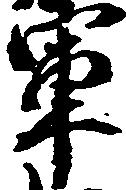
軍